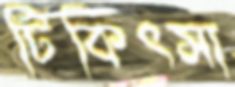
টিকিৎসা